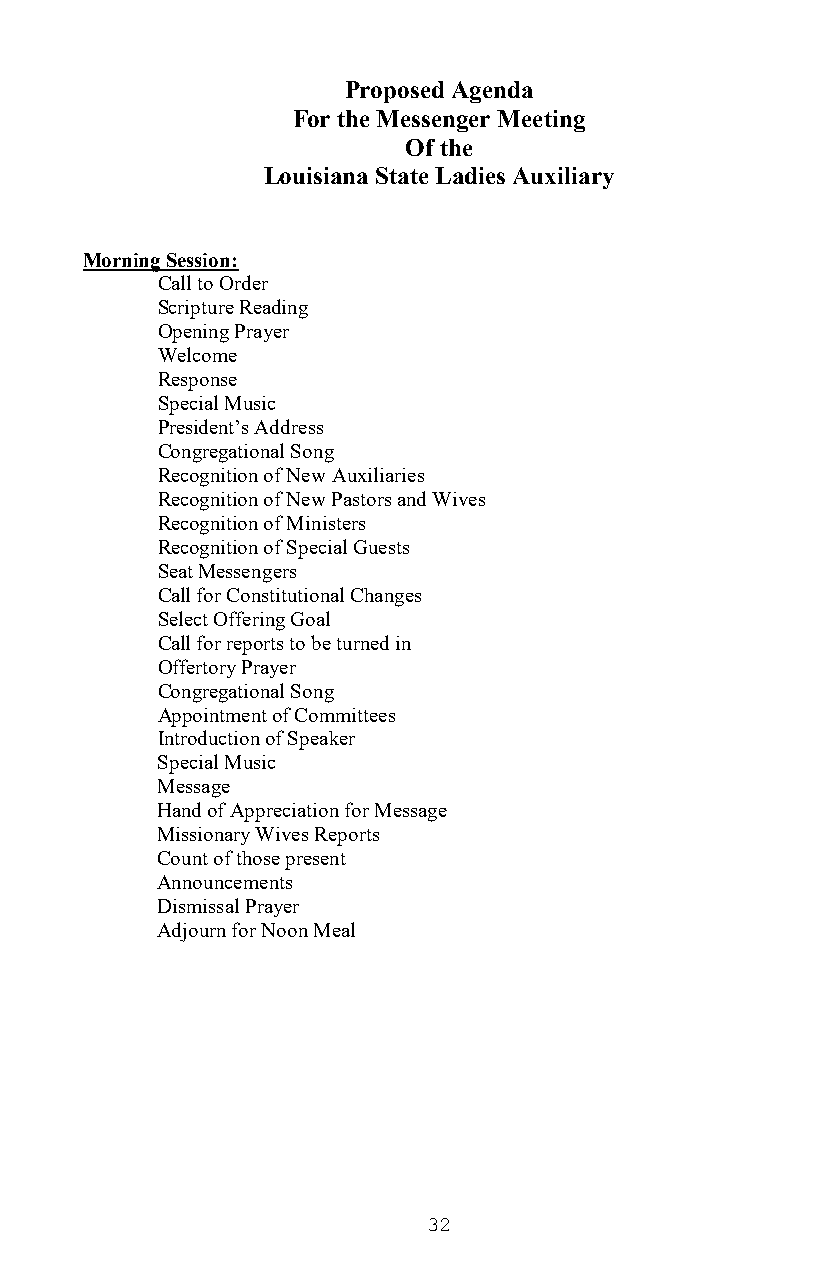
Proposed Agenda
 For the Messenger Meeting
 Of the
 Louisiana State Ladies Auxiliary
 Morning Session:
 Call to Order
 Scripture Reading
 Opening Prayer
 Welcome
 Response
 Special Music
 President’s Address
 Congregational Song
 Recognition of New Auxiliaries
 Recognition of New Pastors and Wives
 Recognition of Ministers
 Recognition of Special Guests
 Seat Messengers
 Call for Constitutional Changes
 Select Offering Goal
 Call for reports to be turned in
 Offertory Prayer
 Congregational Song
 Appointment of Committees
 Introduction of Speaker
 Special Music
 Message
 Hand of Appreciation for Message
 Missionary Wives Reports
 Count of those present
 Announcements
 Dismissal Prayer
 Adjourn for Noon Meal
 32